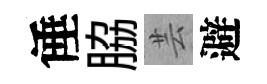
倕脇芸避